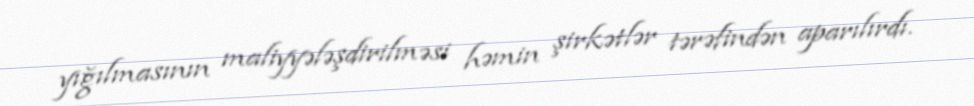
yığılmasının maliyyələşdirilməsi həmin şirkətlər tərəfindən aparılırdı.